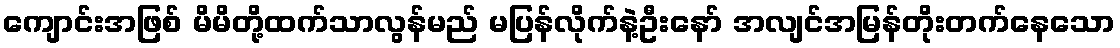
ကျောင်းအဖြစ် မိမိတို့ထက်သာလွန်မည် မပြန်လိုက်နဲ့ဦးနော် အလျင်အမြန်တိုးတက်နေသော